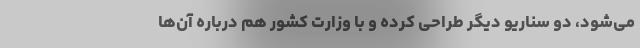
می‌شود، دو سناریو دیگر طراحی کرده و با وزارت کشور هم درباره آن‌ها